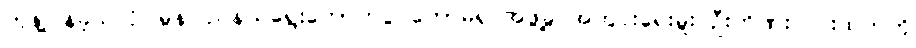
တုန့်ပြန်ခဲ့သလို၊ မွန်ပြည်နယ်ရွေးကောက်ပွဲ ကော်မရှင်အဖွဲ့ခွဲ အတွင်းရေးမှူး ဦးဟိဏ်းလင်းထက်ကို